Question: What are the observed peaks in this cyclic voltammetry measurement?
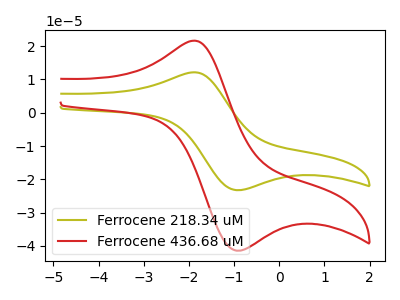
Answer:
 <answer>The olive curve "Ferrocene 218.34 uM" has an anodic peak at (-1.90V, 12.15uA) and a cathodic peak at (-0.85V, -23.25uA). The red curve "Ferrocene 436.68 uM" has an anodic peak at (-1.90V, 21.65uA) and a cathodic peak at (-0.85V, -41.40uA).</answer>
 <eval></eval>